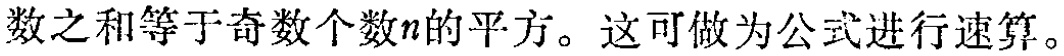
数之和等于奇数个数\(n\)的平方。这可做为公式进行速算。